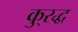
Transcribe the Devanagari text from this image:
कु्रद्ध